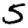
Digit: 5